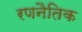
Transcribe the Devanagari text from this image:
रणनैतिक